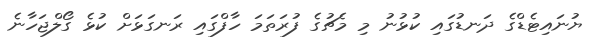
ޔުނައިޓެޑްގެ ދަނޑުގައި ކުޅުނު މި މެޗުގެ ފުރަތަމަ ހާފްގައި ރަނގަޅަށް ކުޅެ ގޯލްޖަހާނެ